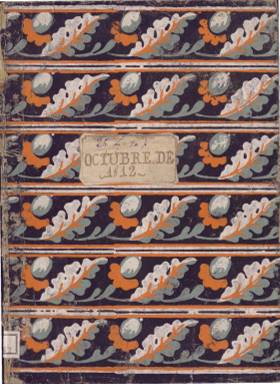
Título: Diario cívico
Colección: Periódicos anteriores a 1850
Ámbito geográfico: Cuba
Lugar de publicación: Habana
Fechas: 01/10/1812-30/09/1813

Este es uno de los muchos periódicos que comenzaron a publicarse en la isla de Cuba con motivo de la libertad de prensa aprobada por las Cortes de Cádiz en 1810 como medida que ayudara en la guerra contra las tropas francesas de Napoleón, que tenían invadida la Península desde hacía dos años.

  La consecuencia de la libertad de prensa en Cuba fue que se reavivó el movimiento abolicionista por parte de los esclavos negros, a imitación de lo que había pasado en la vecina Haití. Con la derrota de la llamada conspiración de Aponte en marzo de 1812, la élite criolla y las autoridades peninsulares comprendieron que sus intereses coincidían y procuraron que la libertad de prensa no diese lugar a agitaciones populares.

  Este es el contexto en el que nació en 1812 el Diario cívico, periódico que publicaba anuncios de venta de esclavos sin mayor problema una vez que las rebeliones habían sido abortadas. Así, por ejemplo, en el número de 16 de octubre de 1812 leemos las siguientes ofertas: ‘Una negra criolla de 13 a 14 años, regular, costurera, sana y sin tachas, en 380 pesos libres para el vendedor’, o este otro: ‘Un negrito de dos años y medio, en 150 pesos igualmente libres para el vendedor’.

   El periódico constaba de cuatro páginas y adornaba su cabecera con un grabado de inspiración clásica. Su información era variada, predominando los artículos de fondo de tipo filosófico, didáctico o político, desde un punto de vista liberal moderado. Los relatos históricos y la poesía eran otros de sus contenidos. En la última página se publicaban anuncios comerciales, entre ellos los de venta de esclavos citados.

   El Diario cívico informaba igualmente de las resoluciones que tomaban las Cortes tras la aprobación de la Constitución en Cádiz, donde había también representantes de las provincias americanas. El último número de este periódico que posee la BNE es de 30 de septiembre de 1813, pero su vida se prolongó hasta 1814, cuando cesó con la vuelta al régimen absolutista de Fernando VII y la supresión de la Constitución.

  Uno de los principales colaboradores de este periódico fue el escritor y político Simón Bergaño y Villegas, que vivió gran parte de su vida en Guatemala, pero marchó a Cuba en 1808 y tuvo una prominente participación en la prensa de la isla. Destaca la fundación del Correo de las Damas, periódico con el que Bergaño tuvo problemas con el obispo por poner en cuestión algunos dogmas católicos.

   Más información sobre el Diario cívico y en general sobre la prensa cubana de la época puede leerse en abierto en la Red en: ‘El incendio gaditano; libertad de prensa en la Habana’, de Sigfrido Vázquez Cienfuegos, de la Universidad de Sevilla.

[Descripción publicada el 8/09/2023]